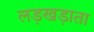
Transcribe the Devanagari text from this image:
लड़खड़ाता